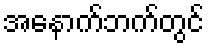
အနောက်ဘက်တွင်